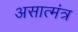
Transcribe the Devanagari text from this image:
असात्मंत्र